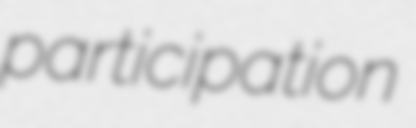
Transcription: participation